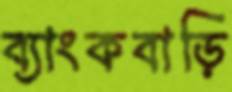
ব্যাংকবাড়ি